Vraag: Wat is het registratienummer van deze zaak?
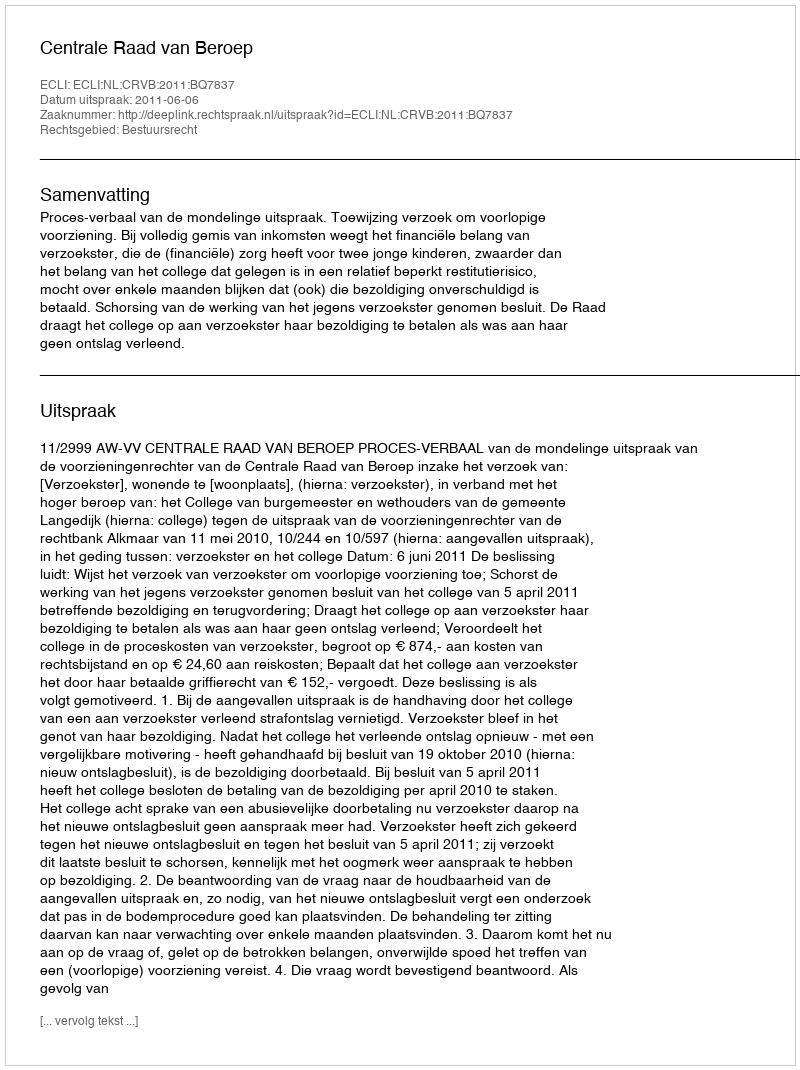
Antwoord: http://deeplink.rechtspraak.nl/uitspraak?id=ECLI:NL:CRVB:2011:BQ7837